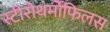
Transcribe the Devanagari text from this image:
स्टीरोथर्मोफिलस